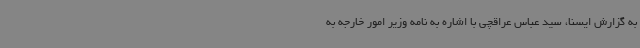
به گزارش ایسنا، سید عباس عراقچی با اشاره به نامه وزیر امور خارجه به